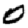
Digit: 0